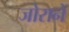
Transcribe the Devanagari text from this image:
जोरानें